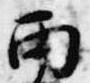
雨